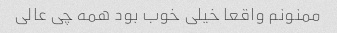
ممنونم واقعا خیلی خوب بود همه چی عالی